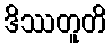
ဒိဿတူတိ